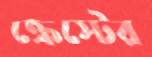
ক্রেস্টের